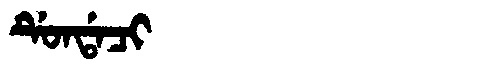
Manchu: ᡩᡠᠨᡩᠠᠴᡳ
Romanization: DUNDACI